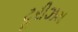
ટૂરીઝમ